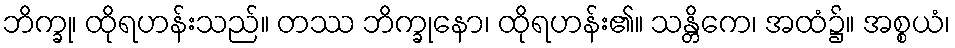
ဘိက္ခု၊ ထိုရဟန်းသည်။ တဿ ဘိက္ခုနော၊ ထိုရဟန်း၏။ သန္တိကေ၊ အထံ၌။ အစ္စယံ၊